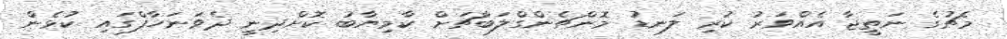
މެޗުގެ ނަތީޖާ އެއްވަރު ކުރި ލަނޑު މޮންޗެންގްލަބާޗަށް ކާމިޔާބު ކޮށްދިނީ ދެވަނަހާފްގައި ކުޅެން